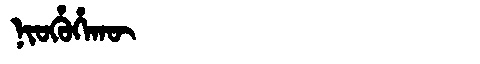
Manchu: ᠨᡳᠣᡥᡠᡥᠠᡴᡡ
Romanization: NIOHUHAKŪ